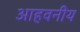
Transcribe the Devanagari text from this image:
आहवनीय